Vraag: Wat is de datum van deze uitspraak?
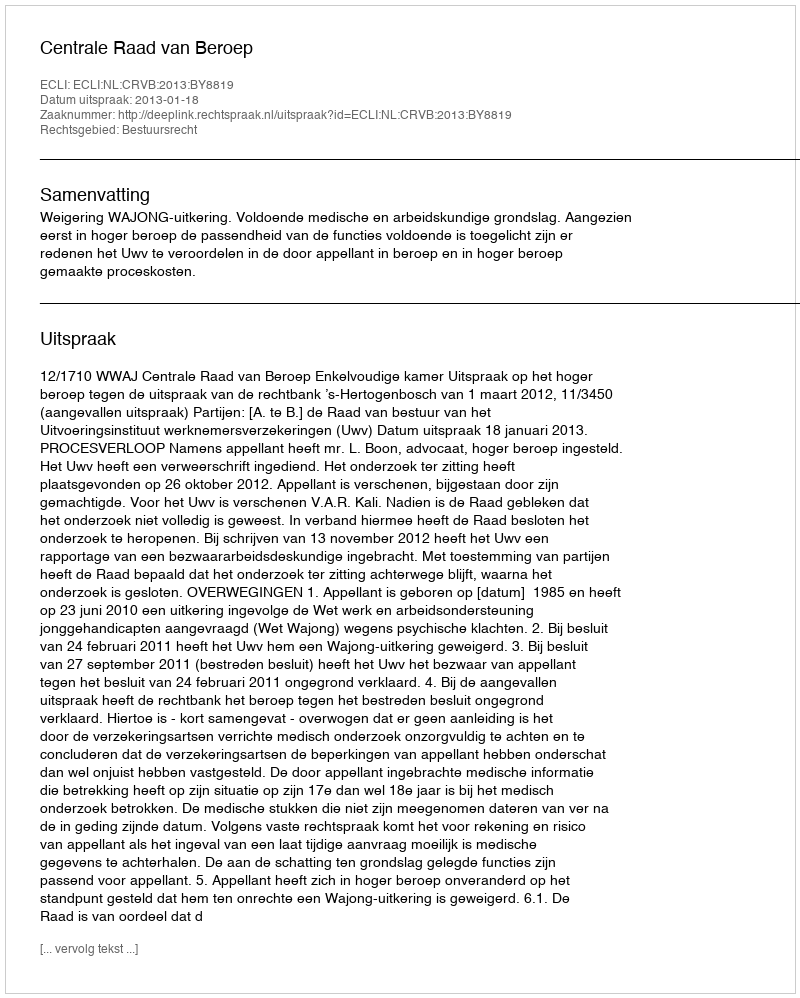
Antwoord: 2013-01-18